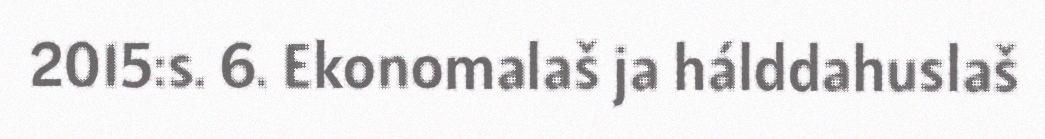
2015:s. 6. Ekonomalaš ja hálddahuslaš